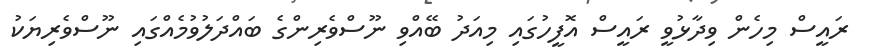
ރައީސް މިހެން ވިދާޅުވީ ރައީސް އޮފީހުގައި މިއަދު ބޭއްވި ނޫސްވެރިންގެ ބައްދަލުވުމެއްގައި ނޫސްވެރިޔަކު